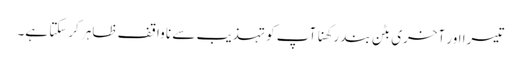
تیسرا اور آخری بٹن بند رکھنا آپ کو تہذیب سے نا واقف ظاہر کرسکتا ہے۔